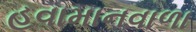
હવામાનવાળા